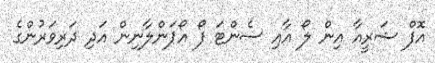
އޮފް ޝަރީއާ އިން ލޯ އާއި ސެންޓަ ފޯ އޯޕަންލާނިން އަދި ދަރިވަރުންގެ